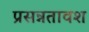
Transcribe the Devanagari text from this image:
प्रसन्नतावश